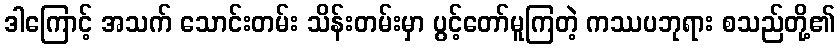
ဒါကြောင့် အသက် သောင်းတမ်း သိန်းတမ်းမှာ ပွင့်တော်မူကြတဲ့ ကဿပဘုရား စသည်တို့၏